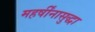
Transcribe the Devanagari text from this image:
महर्षींनासुद्धा